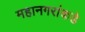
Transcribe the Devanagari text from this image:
महानगरांकडे